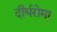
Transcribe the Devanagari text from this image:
दीर्घरोमा